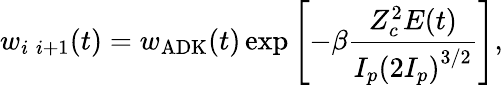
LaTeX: w_{i\; i+1}(t)=w_{\mathrm{ADK}}(t)\exp\left[-\beta\frac{Z_{c}^{2}E(t)}{I_{p}\left(2I_{p}\right)^{3/2}}\right],